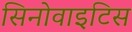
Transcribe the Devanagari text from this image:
सिनोवाइटिस